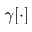
\gamma [ \cdot ]